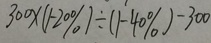
3 0 0 \times ( 1 - 2 0 \% ) \div ( 1 - 4 0 \% ) - 3 0 0